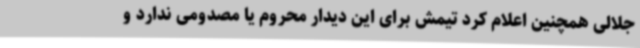
جلالی همچنین اعلام کرد تیمش برای این دیدار محروم یا مصدومی ندارد و